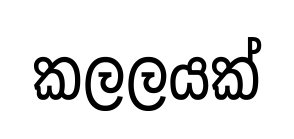
කලලයක්